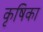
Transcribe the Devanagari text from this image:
कृषिका